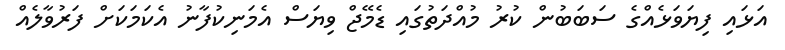
އަޅައި ފިޔަވަޅެއްގެ ސަބަބުން ކުރު މުއްދަތުގައި ޑެމޭޖް ވިޔަސް އެމަނިކުފާނު އެކަމަކަށް ފަރުވާލެއް